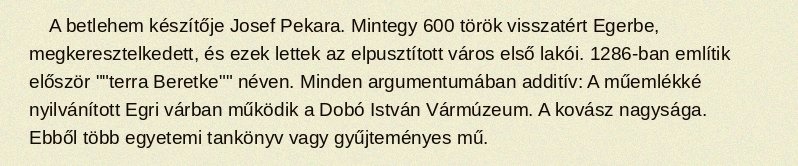
A betlehem készítője Josef Pekara. Mintegy 600 török visszatért Egerbe, megkeresztelkedett, és ezek lettek az elpusztított város első lakói. 1286-ban említik először ""terra Beretke"" néven. Minden argumentumában additív: A műemlékké nyilvánított Egri várban működik a Dobó István Vármúzeum. A kovász nagysága. Ebből több egyetemi tankönyv vagy gyűjteményes mű.